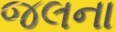
જલના